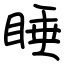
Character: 睡